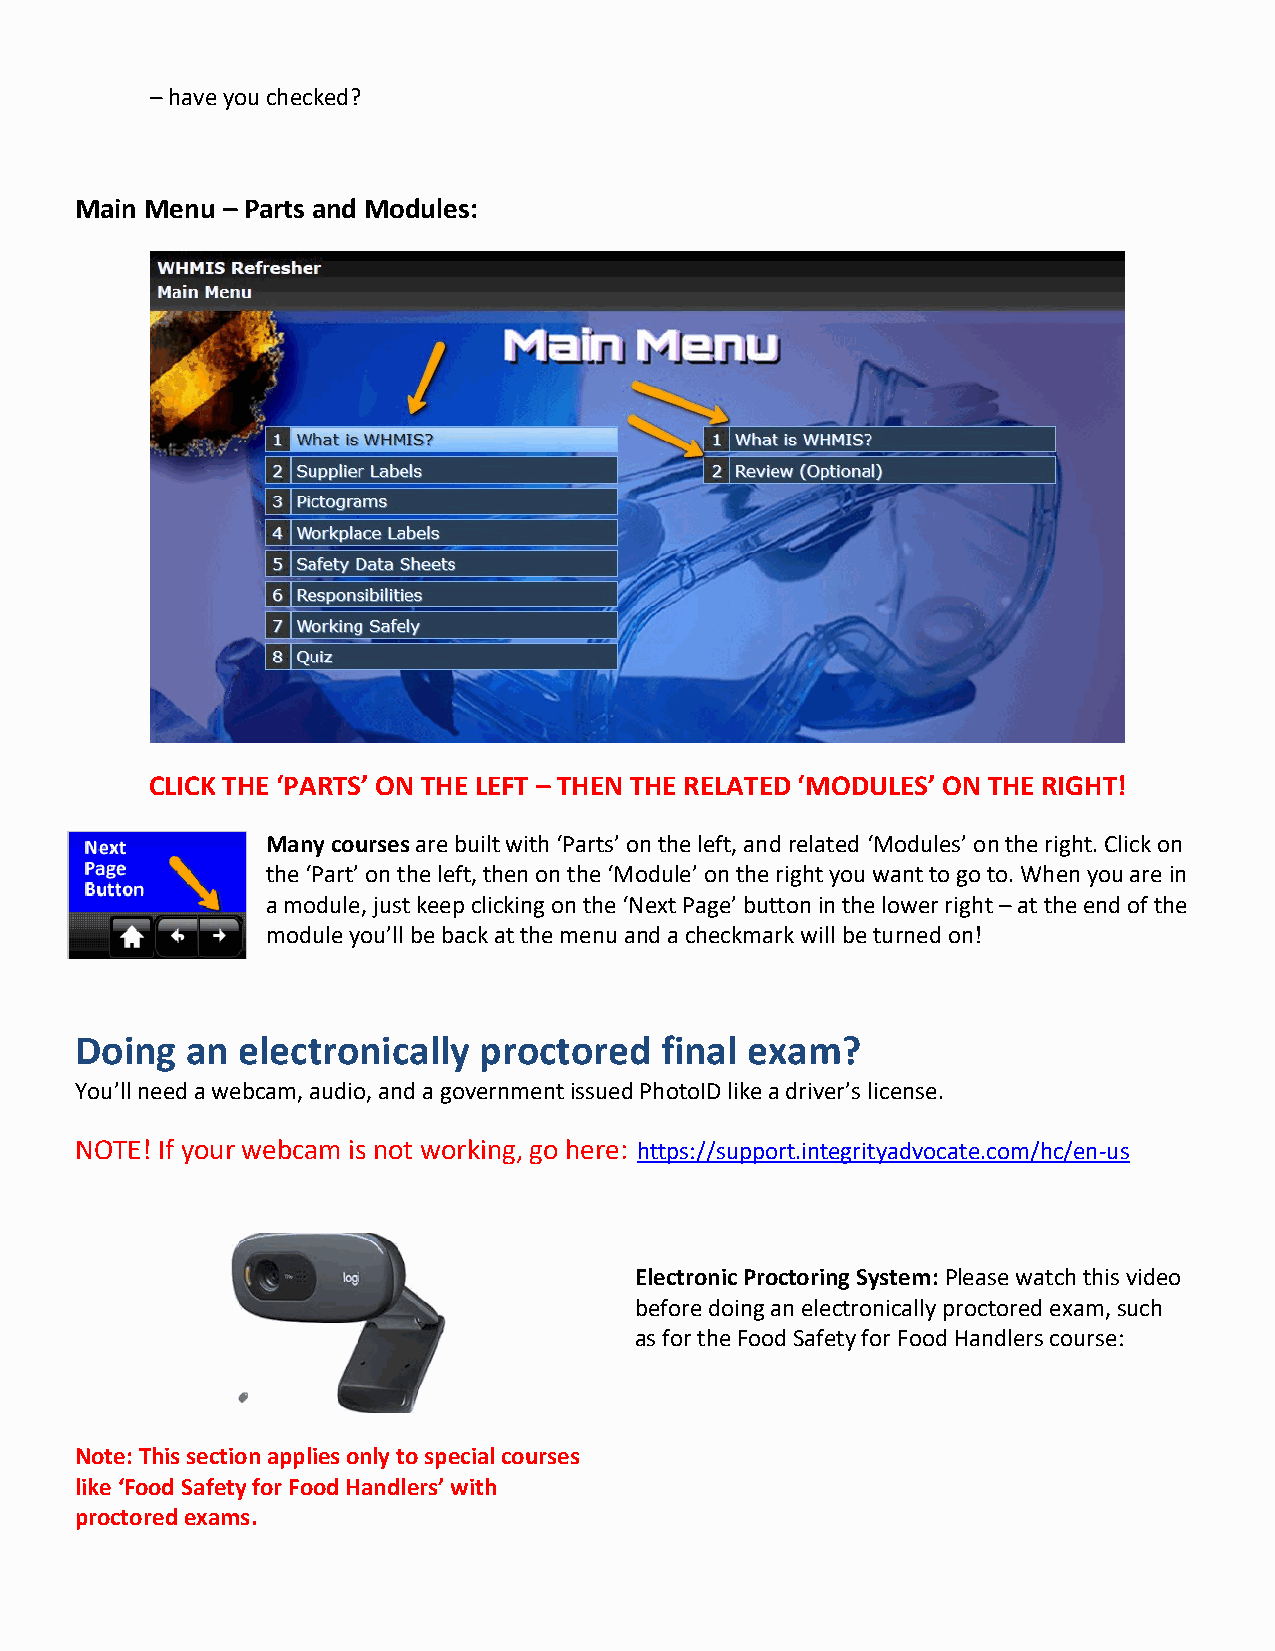
– have you checked?
 Main Menu – Parts and Modules:
 CLICK THE ‘PARTS’ ON THE LEFT – THEN THE RELATED ‘MODULES’ ON THE RIGHT!
 Many courses are built with ‘Parts’ on the left, and related ‘Modules’ on the right. Click on
 the ‘Part’ on the left, then on the ‘Module’ on the right you want to go to. When you are in
 a module, just keep clicking on the ‘Next Page’ button in the lower right – at the end of the
 module you’ll be back at the menu and a checkmark will be turned on!
 Doing  an  electronically  proctored   final exam?
 You’ll need a webcam, audio, and a government issued PhotoID like a driver’s license.
 NOTE! If your webcam is not working, go here: https://support.integrityadvocate.com/hc/en-us
 Electronic Proctoring System: Please watch this video
 before doing an electronically proctored exam, such
 as for the Food Safety for Food Handlers course:
 Note: This section applies only to special courses
 like ‘Food Safety for Food Handlers’ with
 proctored exams.